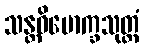
သန္တဝိမောက္ခသုတ္တံ